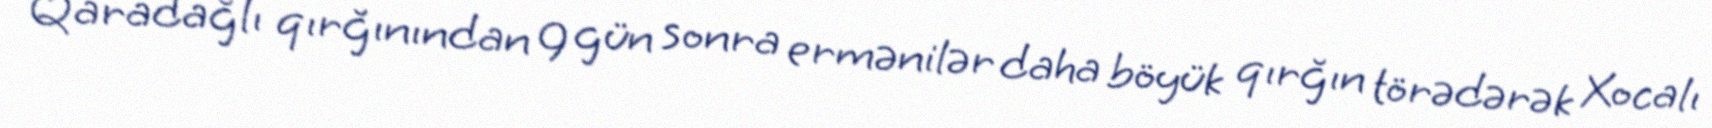
Qaradağlı qırğınından 9 gün sonra ermənilər daha böyük qırğın törədərək Xocalı